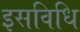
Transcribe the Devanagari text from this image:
इसविधि